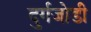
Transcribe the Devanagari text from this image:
दुर्गजोडी